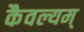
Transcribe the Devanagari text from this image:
कैवल्यम्